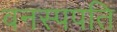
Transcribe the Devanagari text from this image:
वनस्पपति